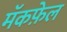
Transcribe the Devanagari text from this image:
मॅकफ़ेल